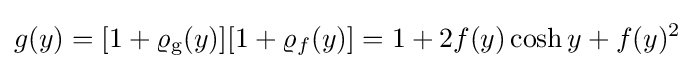
g(y)=[1+\varrho _{\text{g}}(y)][1+\varrho _{f}(y)]=1+2f(y)\cosh y+f(y)^{2}